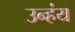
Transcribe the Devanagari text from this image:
उन्हंय